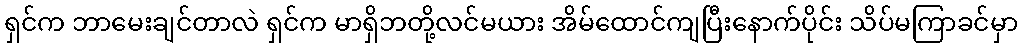
ရှင်က ဘာမေးချင်တာလဲ ရှင်က မာရှိဘတို့လင်မယား အိမ်ထောင်ကျပြီးနောက်ပိုင်း သိပ်မကြာခင်မှာ